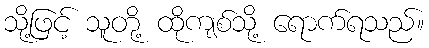
သို့ဖြင့် သူတို့ ထိုကျစ်သို့ ရောက်ရသည်။